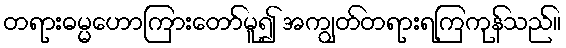
တရားဓမ္မဟောကြားတော်မူ၍ အကျွတ်တရားရကြကုန်သည်။